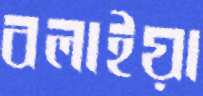
বলাইয়া